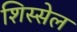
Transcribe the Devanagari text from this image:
शिस्सेल